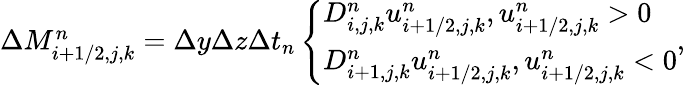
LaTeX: \begin{array}{r}{\Delta M_{i+1/2,j,k}^{n}=\Delta y\Delta z\Delta t_{n}\left\{ \begin{array}{ll}{D_{i,j,k}^{n}u_{i+1/2,j,k}^{n},u_{i+1/2,j,k}^{n}>0}\\ {D_{i+1,j,k}^{n}u_{i+1/2,j,k}^{n},u_{i+1/2,j,k}^{n}<0}\end{array}\right.,}\end{array}